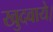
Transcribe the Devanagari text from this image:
खुदवाये।